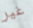
غير